画像に写った文字を読んでください
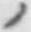
「ノ」と書いてあります